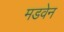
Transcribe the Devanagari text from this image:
मडवेन